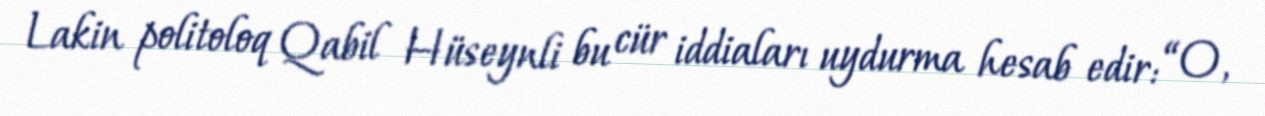
Lakin politoloq Qabil Hüseynli bu cür iddiaları uydurma hesab edir: “O,